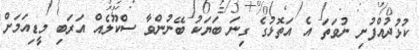
ކުޅުދުއްފުށި ނުވަތަ އެ އަތޮޅުގެ ގިނަ ބަޔަކު ބޭނުންވާ ސްކޫލެއް އަރަބި މީޑިއަމަށް